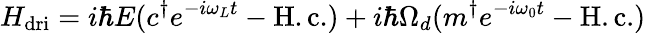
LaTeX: H_{\mathrm{dri}}=i\hbar E(c^{\dagger}e^{-i\omega_{L}t}-\mathrm{H.c.})+i\hbar\Omega_{d}(m^{\dagger}e^{-i\omega_{0}t}-\mathrm{H.c.})